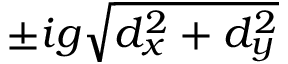
\pm i g \sqrt { d _ { x } ^ { 2 } + d _ { y } ^ { 2 } }